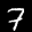
Label: 7